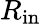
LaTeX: R_{\mathrm{in}}